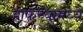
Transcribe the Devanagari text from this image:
हाफच्यामध्ये